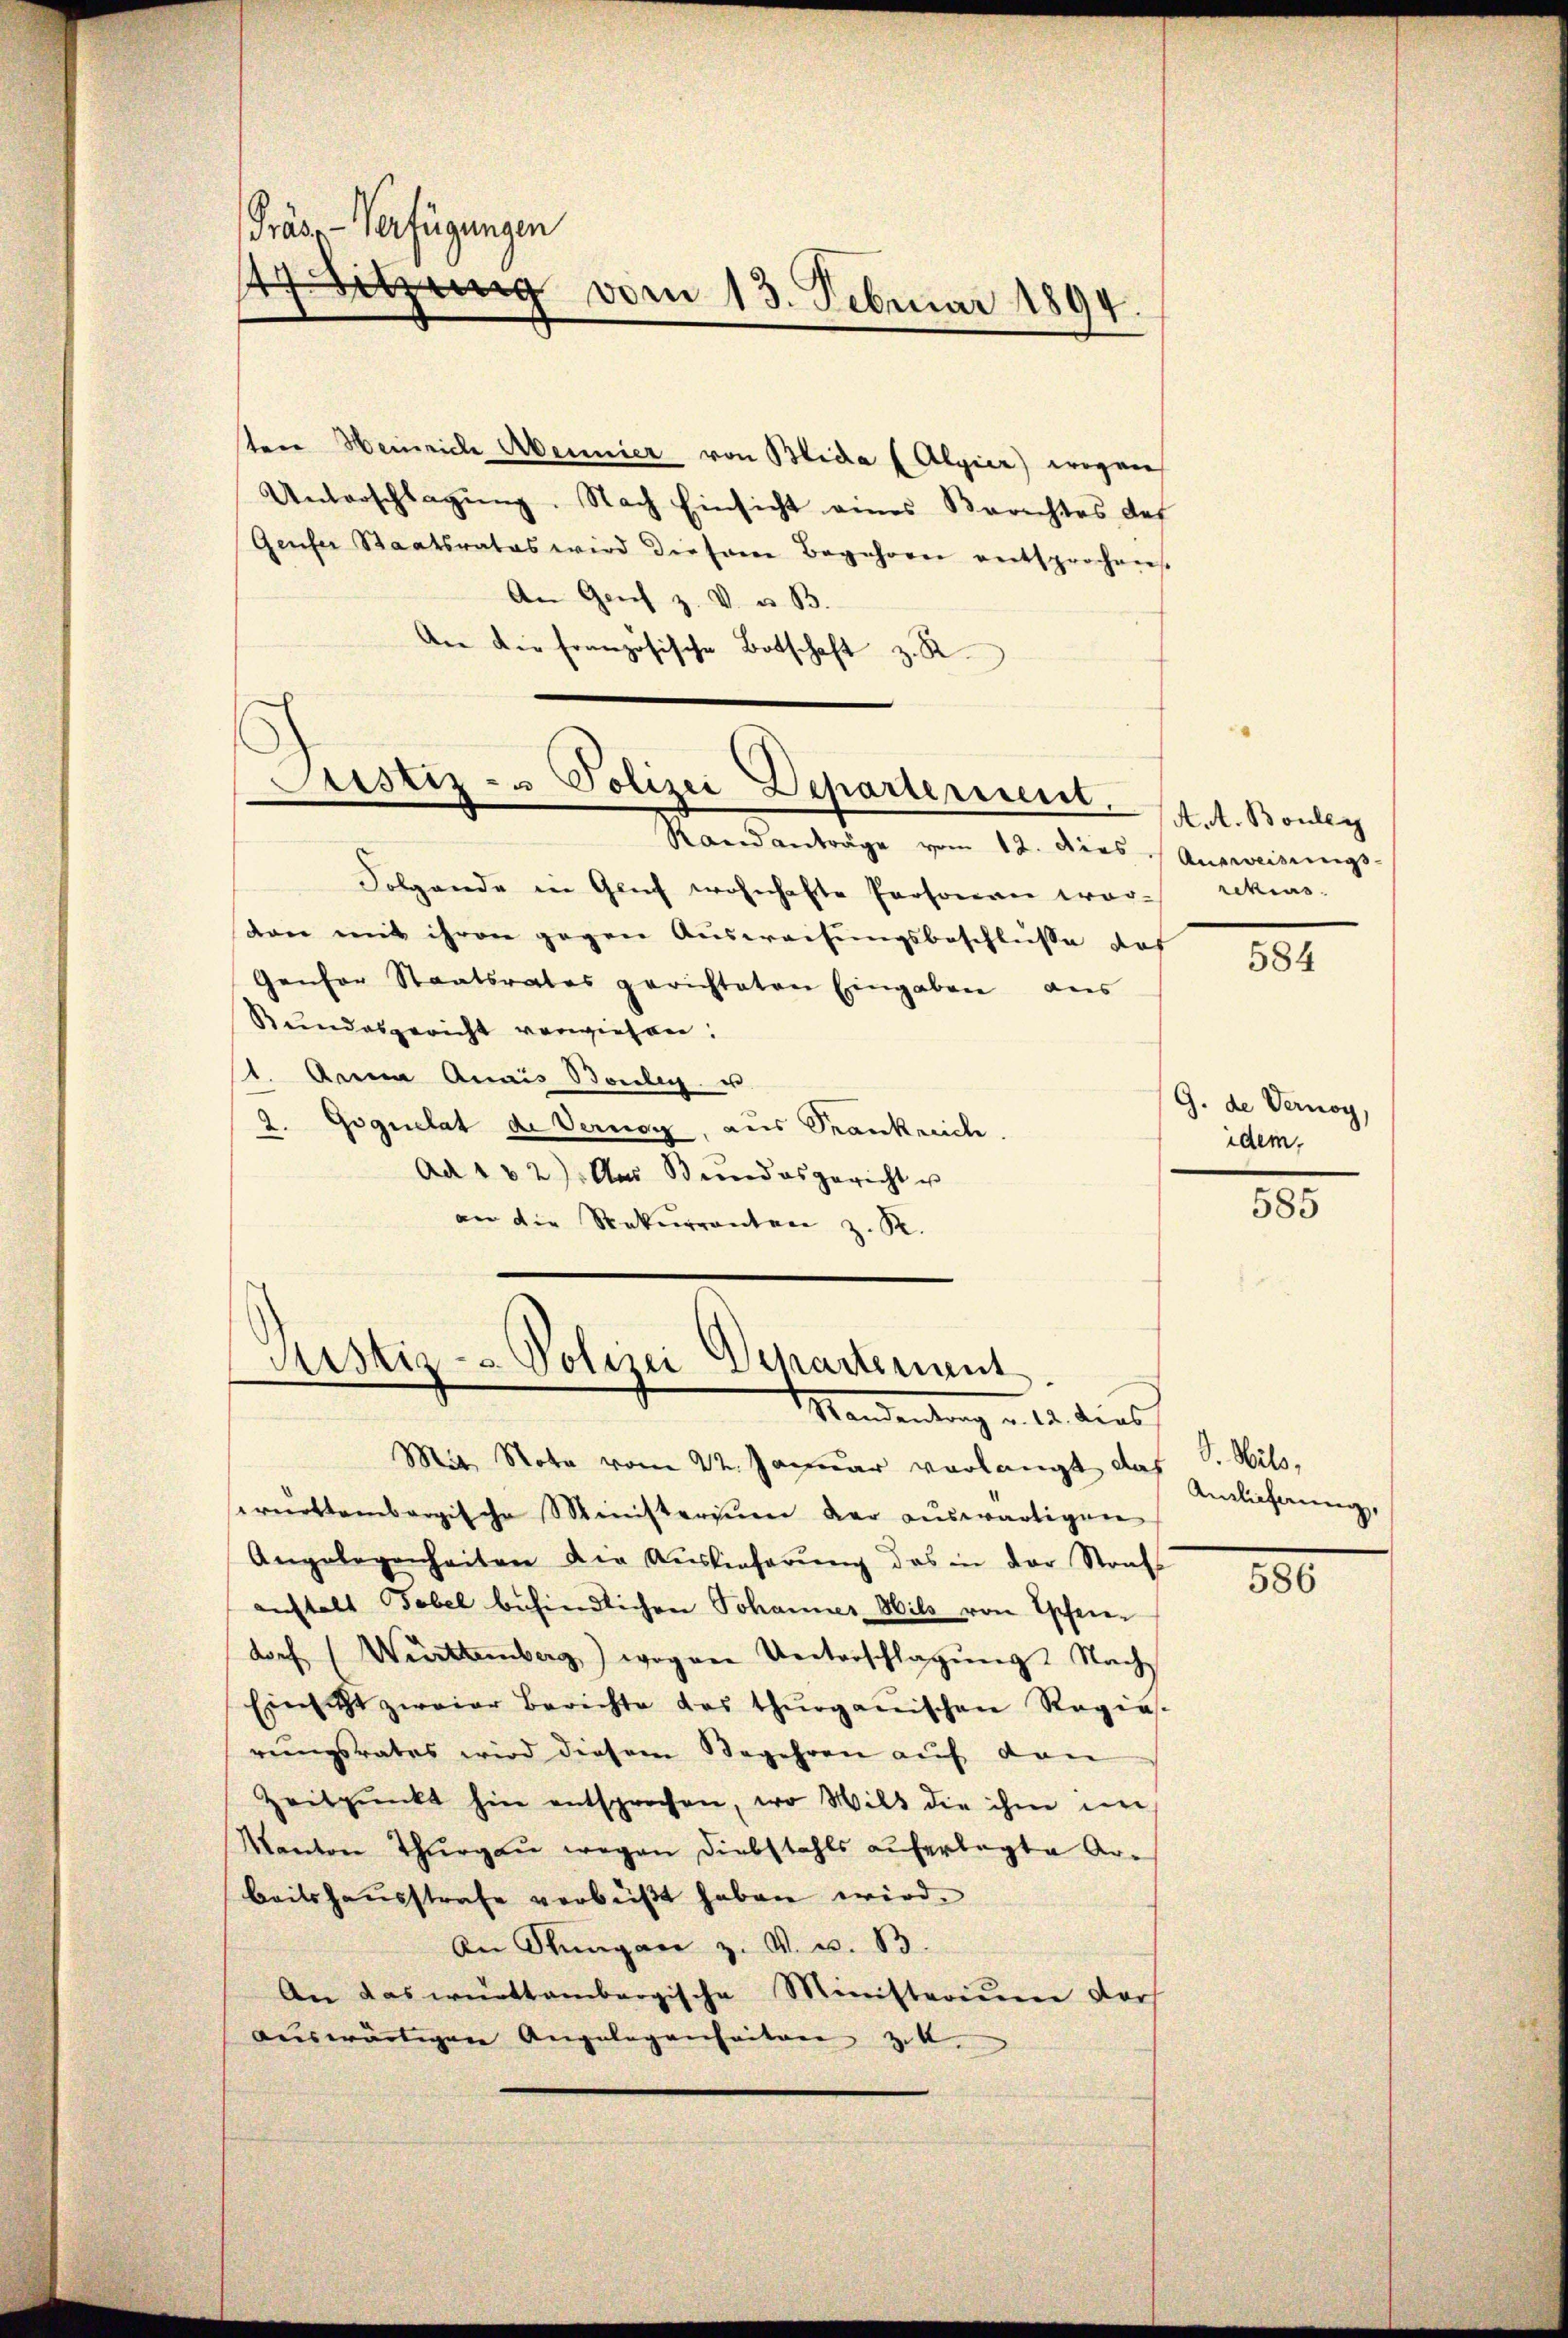
Präse-Verfügungen
47 Sitzung vom 13. Februar 1894.

tere Heinrich Abennier von Blida (Algier) wogene
Unterschlagung. Nach Einsicht eines Berechtes des
Genfer Staatsrates wird diesem Begehren entsprochens
An Genf z. V. u. B.
Aer die französische Botschaft z. B

Justiz- u Polizei Departerient.

Folgende in Glich wohnhafte Personan war rekurs-
von mit ihren gegen Ausweisungsbeschluße das
Genfer Staatsrates gerichteten Eingaben aus
Bundesgericht verwiesen.
1. Anna Quais Bouleg u.
2. Goguelat de Vernay, aus Krankreich
Ad 182) Aus Bundesgericht u
an die Rekurrenten z. R.

Randanträge vom 12. dies Ausweisungs-

Ristiz- & Polizei Departement
Mandentrag u. 12. dies

A.A. Bouley

Mit Note vom 22. Januar verlangt das J. Wils,
rürttembergische Ministerium der auswärtigen
Angelegenheiten die Auslieferung das in der Strafs
anstalt Tabel befindlichen Johannes Wild von Opfen-
dorf (Württemberg) wogen Unterschlagung. Nach
Einsicht zweier Berichte das thurganischen Regie-
rungsrates wird diesem Begehren auf den
Zeitpunkt hin entsprochen, wo Wild die ihm im
Kanton Thurgau wegen Diebstahls auferlegte Arbeitshausstrafe verbüßt haben wird.
An Stungen z. V. v. 13.
An das württembergische Ministerium dars
auswärtigen Angelegenheitere zuk

584

G. de Vernoy,
idem,

585

Anlichnung,

586